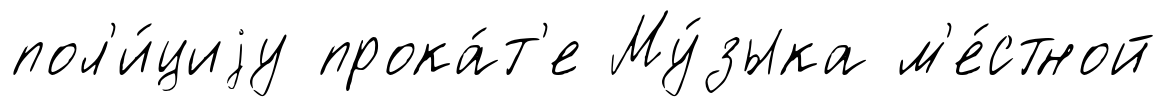
пол'и́циjу прока́т'е Му́зыка м'е́стной